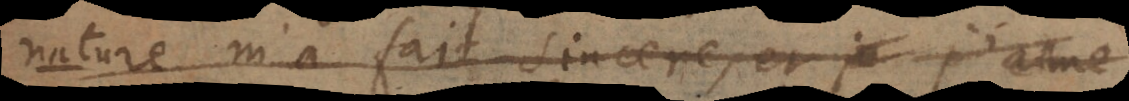
nature m’a fait sincere, et je